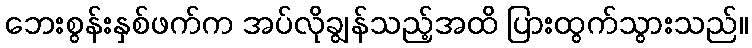
ဘေးစွန်းနှစ်ဖက်က အပ်လိုချွန်သည့်အထိ ပြားထွက်သွားသည်။